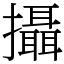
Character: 攝